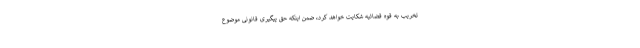
تخریب به قوه قضائیه شکایت خواهد کرد، ضمن اینکه حق پیگیری قانونی موضوع